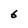
Character: 6